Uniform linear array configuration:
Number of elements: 16
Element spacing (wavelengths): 0.25
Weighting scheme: uniform
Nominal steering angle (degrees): -60
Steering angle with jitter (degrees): -61.158
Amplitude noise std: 0.05
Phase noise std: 0.05

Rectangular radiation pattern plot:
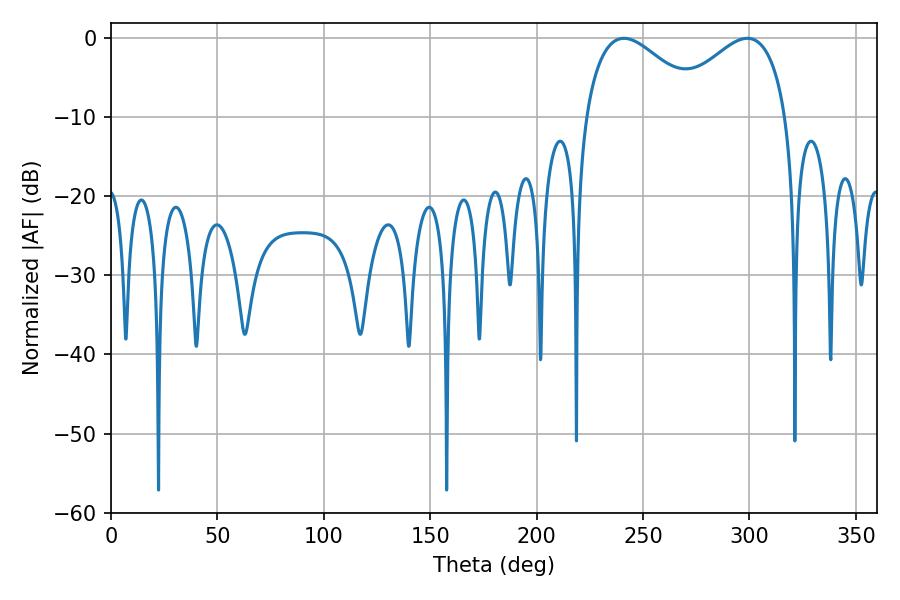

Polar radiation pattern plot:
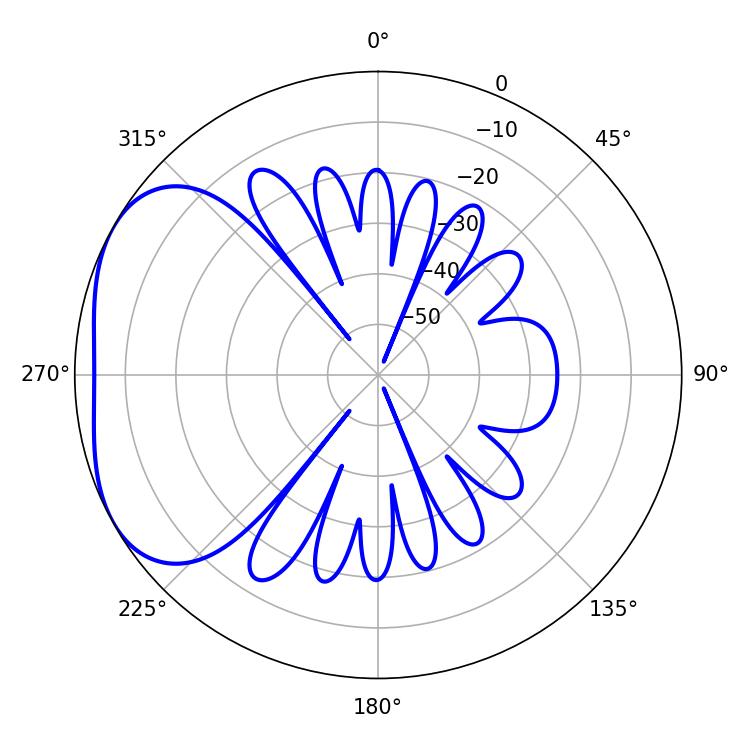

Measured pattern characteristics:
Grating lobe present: FALSE
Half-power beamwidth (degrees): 30.6
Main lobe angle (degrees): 241.02